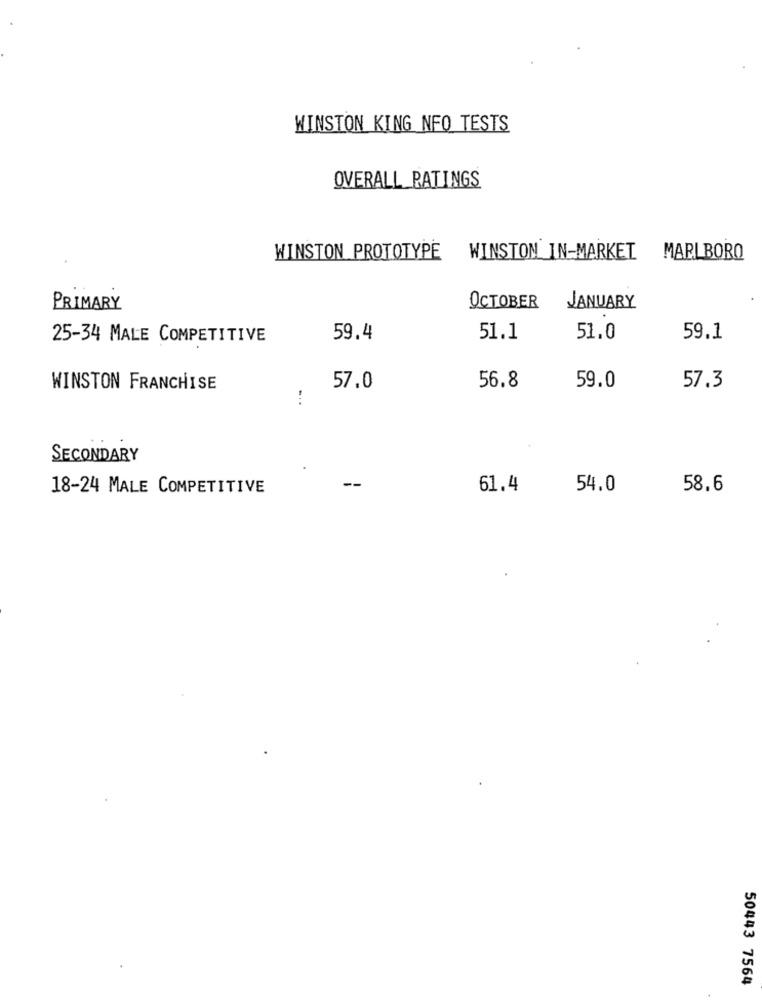
WINSTON KING NFO TESTS
OVERALL RATINGS
WINSTON PROTOTYPE
WINSTON IN-MARKET MARLBORO
PRIMARY
OCTOBER
JANUARY
25-34 MALE COMPETITIVE
59.4
51.1
51.0
59.1
59.0
WINSTON FRANCHISE
57.0
56.8
57.3
SECONDARY
18-24 MALE COMPETITIVE
61.4
54.0
58.6
50443 7564